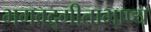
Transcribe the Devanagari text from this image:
भगवद्गीताभाष्य